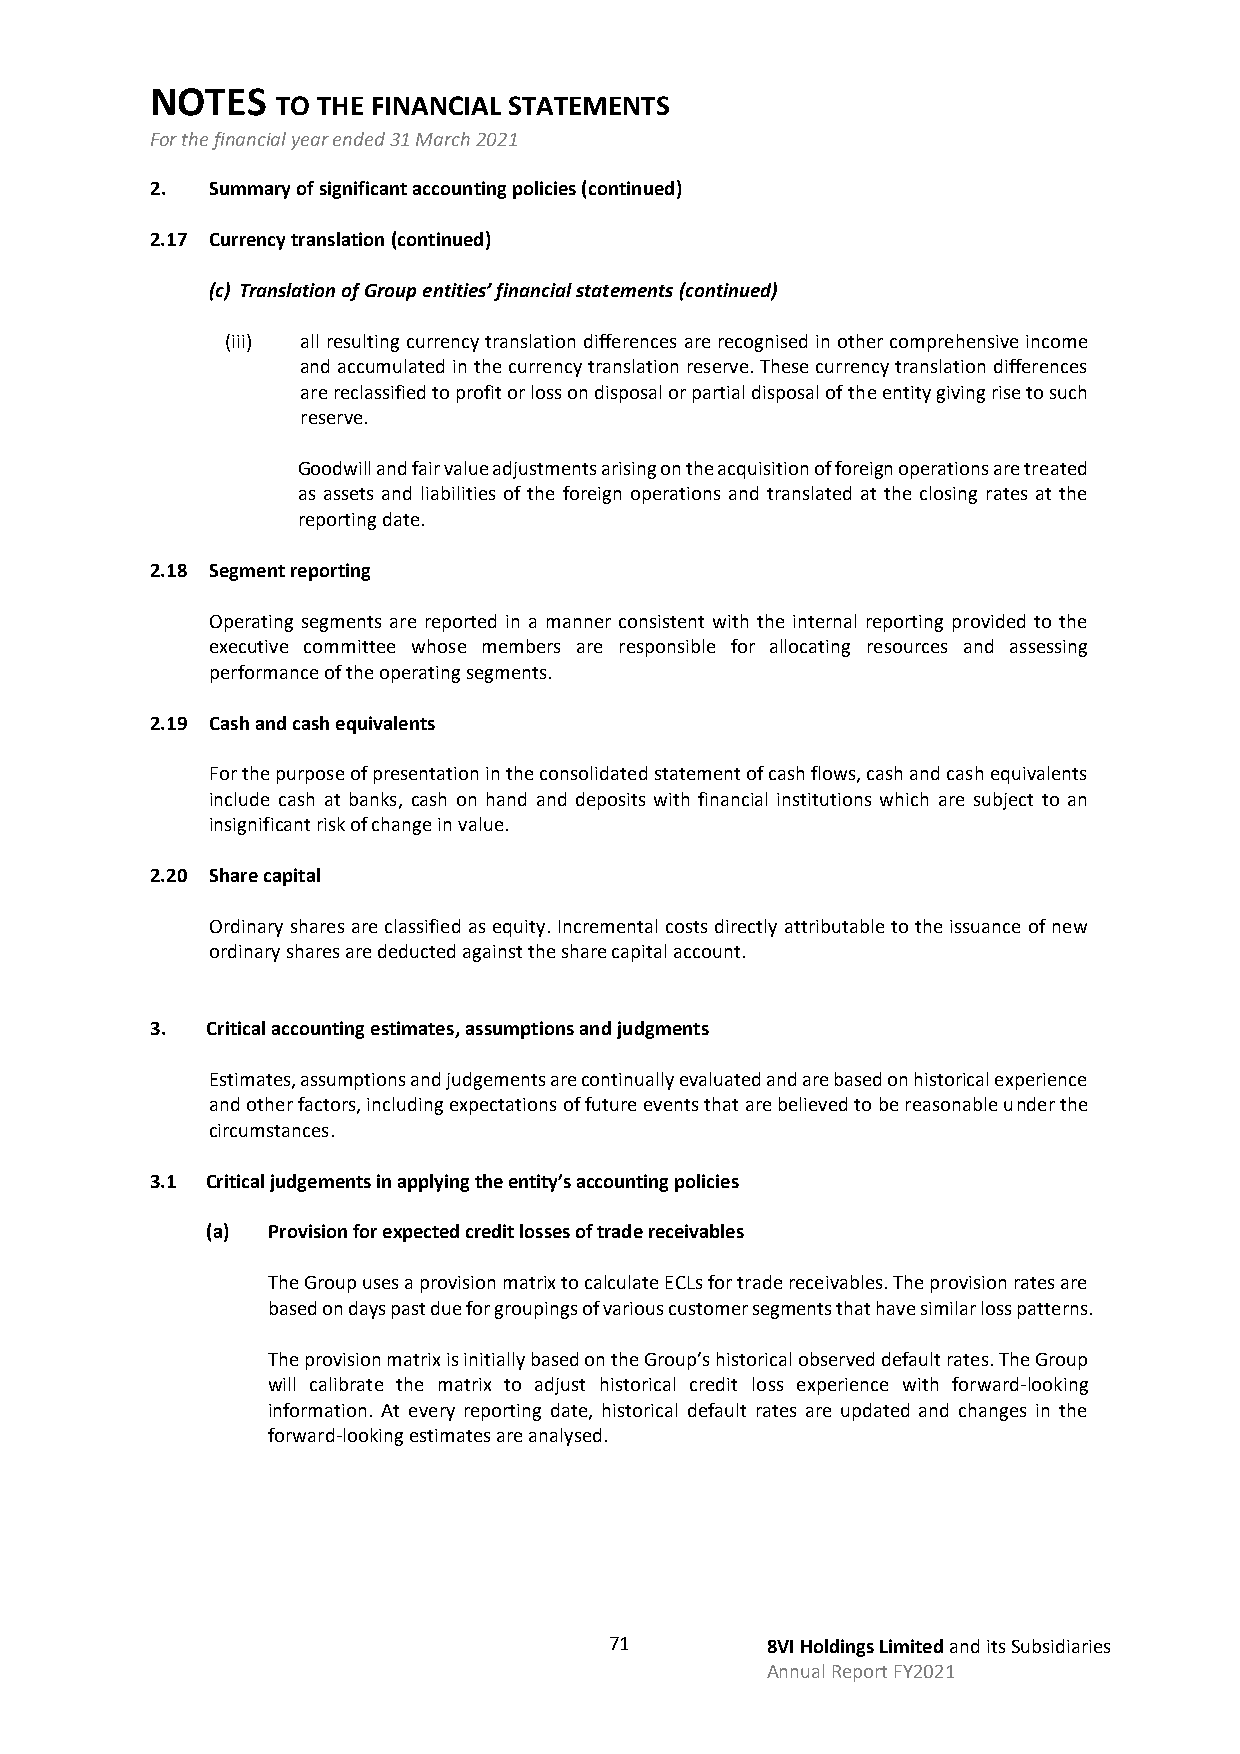
NOTES
 TO THE FINANCIAL STATEMENTS
 For the financial year ended 31 March 2021
 2.  Summary of significant accounting policies (continued)
 2.17 Currency translation (continued)
 (c) Translation of Group entities’ financial statements (continued)
 (iii) all resulting currency translation differences are recognised in other comprehensive income
 and accumulated in the currency translation reserve. These currency translation differences
 are reclassified to profit or loss on disposal or partial disposal of the entity giving rise to such
 reserve.
 Goodwill and fair value adjustments arising on the acquisition of foreign operations are treated
 as assets and liabilities of the foreign operations and translated at the closing rates at the
 reporting date.
 2.18 Segment reporting
 Operating segments are reported in a manner consistent with the internal reporting provided to the
 executive committee whose members are responsible for allocating resources and assessing
 performance of the operating segments.
 2.19 Cash and cash equivalents
 For the purpose of presentation in the consolidated statement of cash flows, cash and cash equivalents
 include cash at banks, cash on hand and deposits with financial institutions which are subject to an
 insignificant risk of change in value.
 2.20 Share capital
 Ordinary shares are classified as equity. Incremental costs directly attributable to the issuance of new
 ordinary shares are deducted against the share capital account.
 3.  Critical accounting estimates, assumptions and judgments
 Estimates, assumptions and judgements are continually evaluated and are based on historical experience
 and other factors, including expectations of future events that are believed to be reasonable under the
 circumstances.
 3.1 Critical judgements in applying the entity’s accounting policies
 (a) Provision for expected credit losses of trade receivables
 The Group uses a provision matrix to calculate ECLs for trade receivables. The provision rates are
 based on days past due for groupings of various customer segments that have similar loss patterns.
 The provision matrix is initially based on the Group’s historical observed default rates. The Group
 will calibrate the matrix to adjust historical credit loss experience with forward-looking
 information. At every reporting date, historical default rates are updated and changes in the
 forward-looking estimates are analysed.
 71         8VI Holdings Limited and its Subsidiaries
 Annual Report FY2021